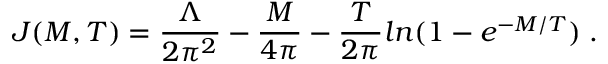
J ( M , T ) = \frac { \Lambda } { 2 \pi ^ { 2 } } - \frac { M } { 4 \pi } - \frac { T } { 2 \pi } l n ( 1 - e ^ { - M / T } ) \; .